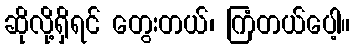
ဆိုလို့ရှိရင် တွေးတယ်၊ ကြံတယ်ပေါ့။